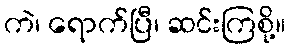
ကဲ၊ ရောက်ပြီ၊ ဆင်းကြစို့။